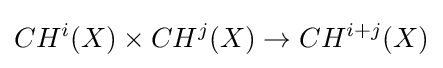
CH^{i}(X)\times CH^{j}(X)\rightarrow CH^{i+j}(X)